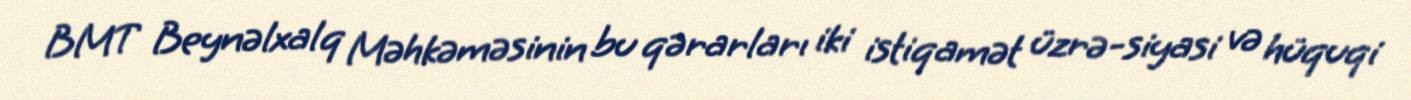
BMT Beynəlxalq Məhkəməsinin bu qərarları iki istiqamət üzrə-siyasi və hüquqi